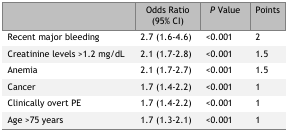
|  | Odds Ratio (95% CI) | P Value | Points |
 | --- | --- | --- | --- |
 | Recent major bleeding | 2.7 (1.6–4.6) | <0.001 | 2 |
 | Creatinine levels >1.2 mg/dL | 2.1 (1.7–2.8) | <0.001 | 1.5 |
 | Anemia | 2.1 (1.7–2.7) | <0.001 | 1.5 |
 | Cancer | 1.7 (1.4–2.2) | <0.001 | 1 |
 | Clinically overt PE | 1.7 (1.4–2.2) | <0.001 | 1 |
 | Age >75 years | 1.7 (1.3–2.1) | <0.001 | 1 |